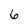
Character: 6